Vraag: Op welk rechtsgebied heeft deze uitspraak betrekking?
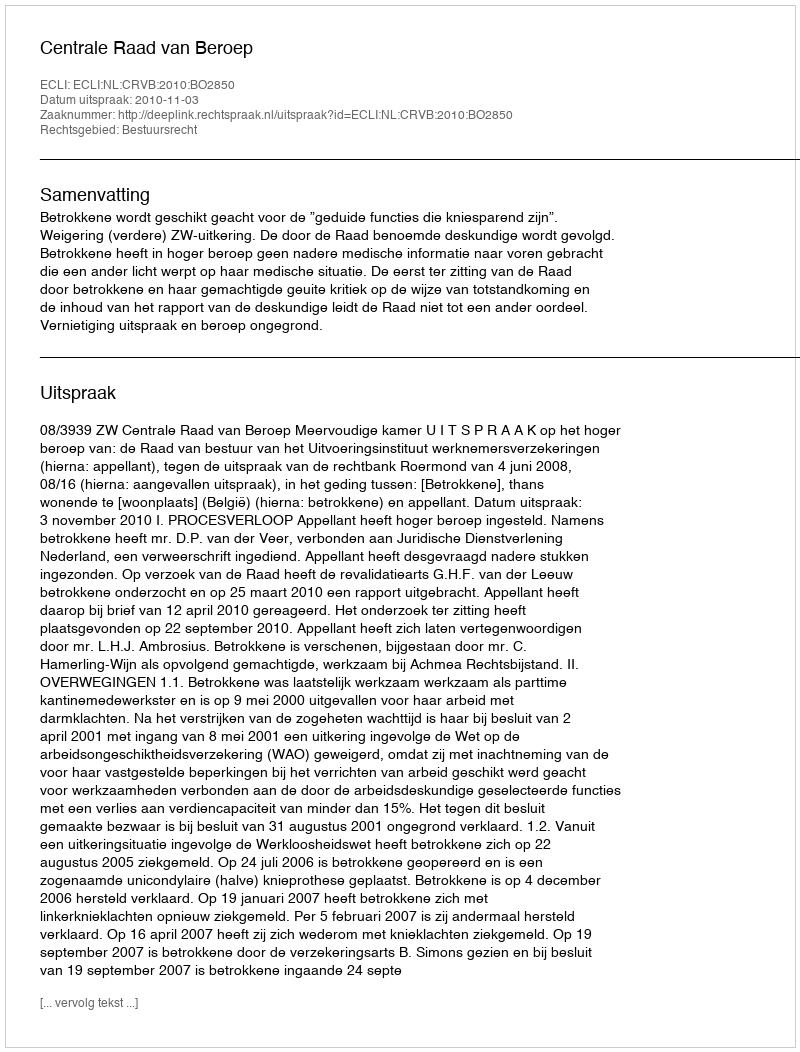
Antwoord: Bestuursrecht